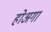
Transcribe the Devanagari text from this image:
होअगा